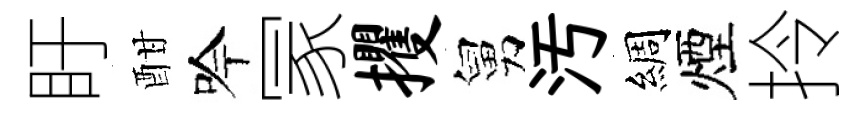
盱酣吟冡攫舅汚綢煙拎